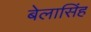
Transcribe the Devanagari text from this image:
बेलासिंह